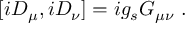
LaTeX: [ i D _ { \mu } , i D _ { \nu } ] = i g _ { s } G _ { \mu \nu } \ .